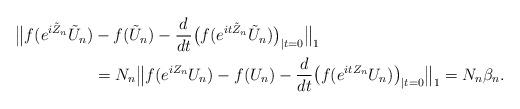
LaTeX: \begin{align*}\bigl\|f(e^{i \tilde Z_n}\tilde U_n)& -f(\tilde U_n)-\frac{d}{dt}\bigl(f(e^{it \tilde Z_n}\tilde U_n)\bigr)_{\vert t=0}\bigr\|_1\\& = N_n \bigl\|f(e^{i Z_n}U_n)-f(U_n)-\frac{d}{dt}\bigl(f(e^{it Z_n}U_n)\bigr)_{\vert t=0}\bigr\|_1 = N_n\beta_n.\end{align*}